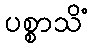
ပစ္စာသိံ